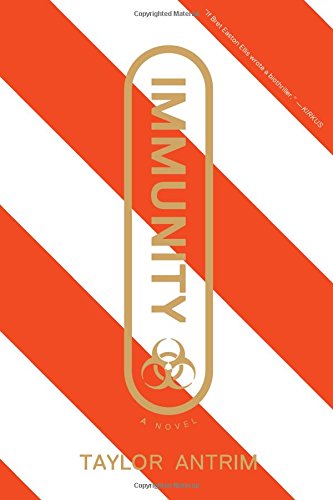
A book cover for Immunity; Taylor Antrim; Mystery, Thriller & Suspense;